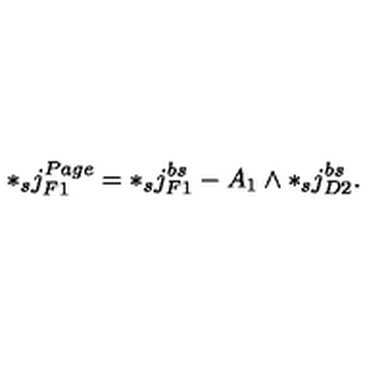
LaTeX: * _ { s } j _ { F 1 } ^ { P a g e } = * _ { s } j _ { F 1 } ^ { b s } - A _ { 1 } \wedge * _ { s } j _ { D 2 } ^ { b s } .